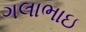
ગલાભાઇ